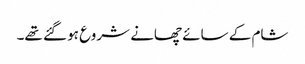
شام کے سائے چھانے شروع ہو گئے تھے۔